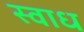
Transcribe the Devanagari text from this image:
स्वाध